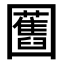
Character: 𭍸